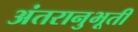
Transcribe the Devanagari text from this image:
अंतरानुभूती